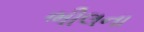
ભીલના